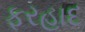
ફરહાદ